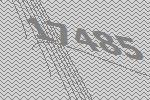
17485